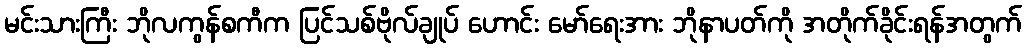
မင်းသားကြီး ဘိုလကွန်စကီက ပြင်သစ်ဗိုလ်ချုပ် ဟောင်း မော်ရေးအား ဘိုနာပတ်ကို အတိုက်ခိုင်းရန်အတွက်